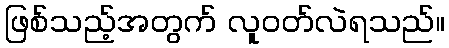
ဖြစ်သည့်အတွက် လူဝတ်လဲရသည်။